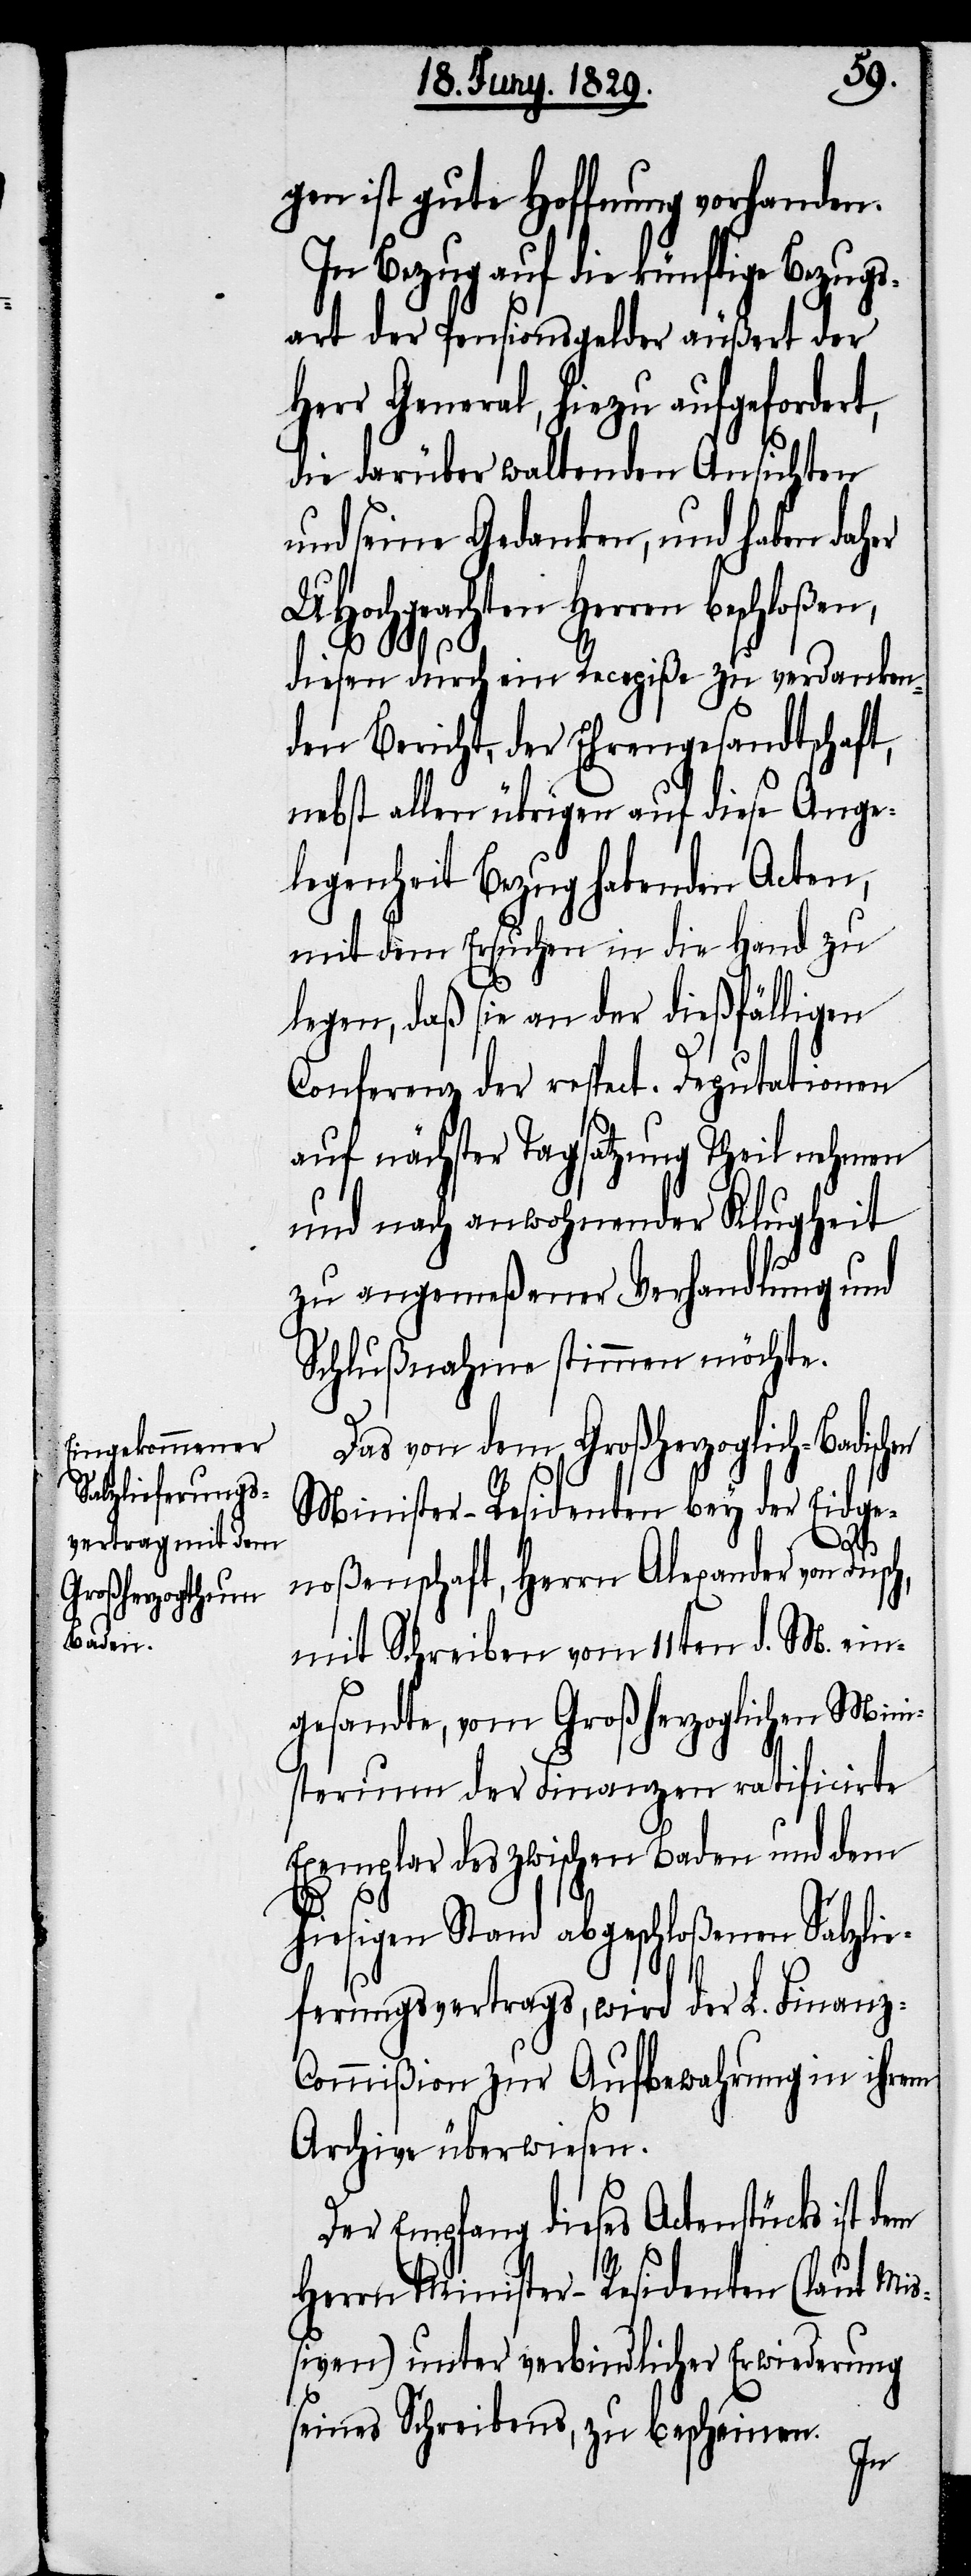
gen ist gute Hoffnung vorhanden.
In Bezug auf die künftige Bezugs¬
art der Pensionsgelder äußert der
Herr General, hiezu aufgefordert,
die darüber waltenden Ansichten
und seine Gedanken, und haben daher
UHochgeachten Herren beschloßen,
diesen durch eine Recepiße zu verdanken¬
den Bericht, der Ehrengesandtschaft,
nebst allen übrigen auf diese Ange¬
legenheit Bezug habenden Acten,
mit dem Ersuchen in die Hand zu
legen, daß sie an der dießfälligen
Conferenz der respect. Deputationen
auf nächster Tagsatzung Theil nehmen
und nach anwohnender Klugheit
zu angemeßener Verhandlung und
Schlußnahme stimmen möchte.
Das von dem Großherzoglich-Badisch¬
Minister-Residenten bey der Eidge¬
noßenschaft, Herrn Alexander von Dusch,
mit Schreiben vom 11ten d. M. ein¬
gesandte, vom Großherzoglichen Mini¬
sterium der Finanzen ratificirte
Exemplar der zwischen Baden und dem
hiesigen Stand abgeschloßenen Salzlie¬
ferungsvertrags, wird der L. Finanz-C¬
ommißion zur Aufbewahrung in ihrem
Archive überwiesen.
Der Empfang dieses Actenstücks ist
Herrn Minister-Residenten (laut Miß¬
iven) unter verbindlicher Erwiederung
seines Schreibens, zu bescheinen.
en